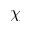
\chi